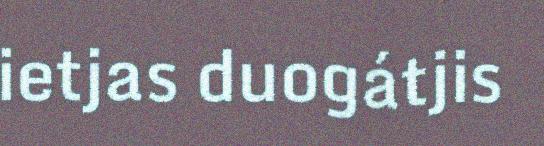
ietjas duogátjis